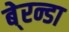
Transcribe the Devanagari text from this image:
बे्रन्डा